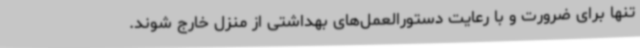
تنها برای ضرورت و با رعایت دستورالعمل‌های بهداشتی از منزل خارج شوند.